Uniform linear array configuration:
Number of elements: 4
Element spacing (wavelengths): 1
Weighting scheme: cosine
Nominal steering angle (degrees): -30
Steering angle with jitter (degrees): -29.548
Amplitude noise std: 0.05
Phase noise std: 0.05

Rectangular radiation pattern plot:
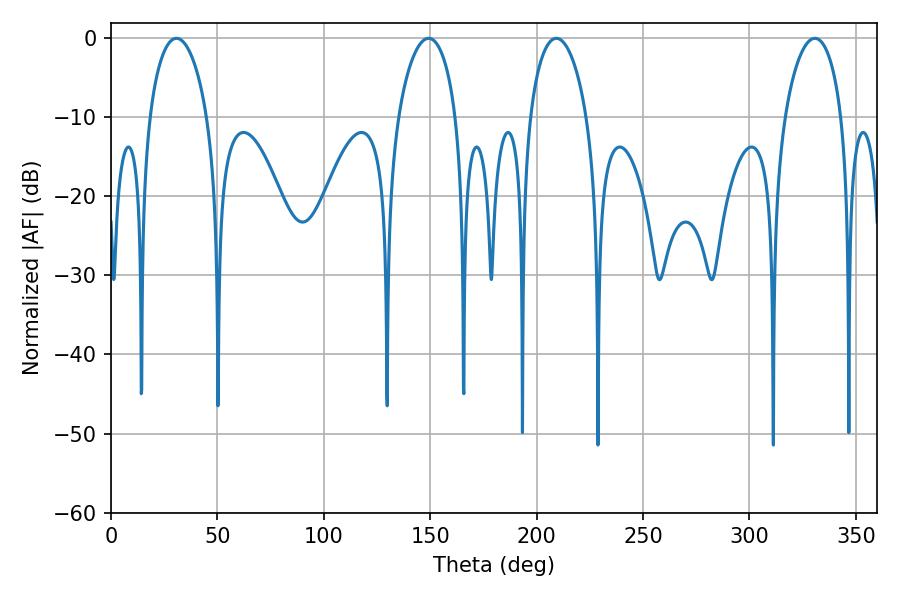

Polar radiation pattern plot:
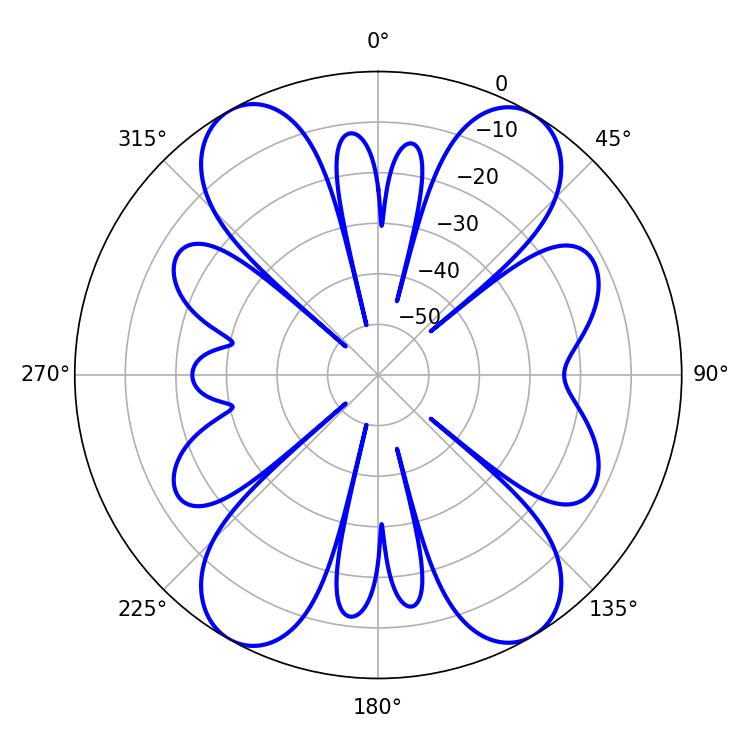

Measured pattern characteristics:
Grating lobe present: TRUE
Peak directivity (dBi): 17.686
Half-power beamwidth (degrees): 15.66
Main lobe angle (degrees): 30.78